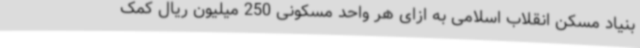
بنیاد مسکن انقلاب اسلامی به ازای هر واحد مسکونی 250 میلیون ریال کمک